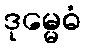
ဒုမ္မေဓံ